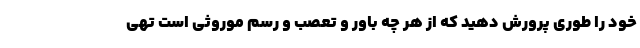
خود را طوری پرورش دهید که از هر چه باور و تعصب و رسم موروثی است تهی